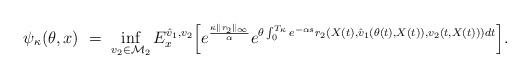
LaTeX: \begin{align*}\psi_{\kappa}(\theta, x) \ = \ \inf_{v_2 \in {\mathcal M}_2} E^{\hat v_1, v_2}_x \Big[ e^{\frac{\kappa \|r_2\|_{\infty}}{\alpha}} e^{\theta \int^{T_{\kappa}}_0 e^{-\alpha s} r_2(X(t), \hat v_1(\theta(t),X(t)), v_2(t, X(t))) dt} \Big].\end{align*}